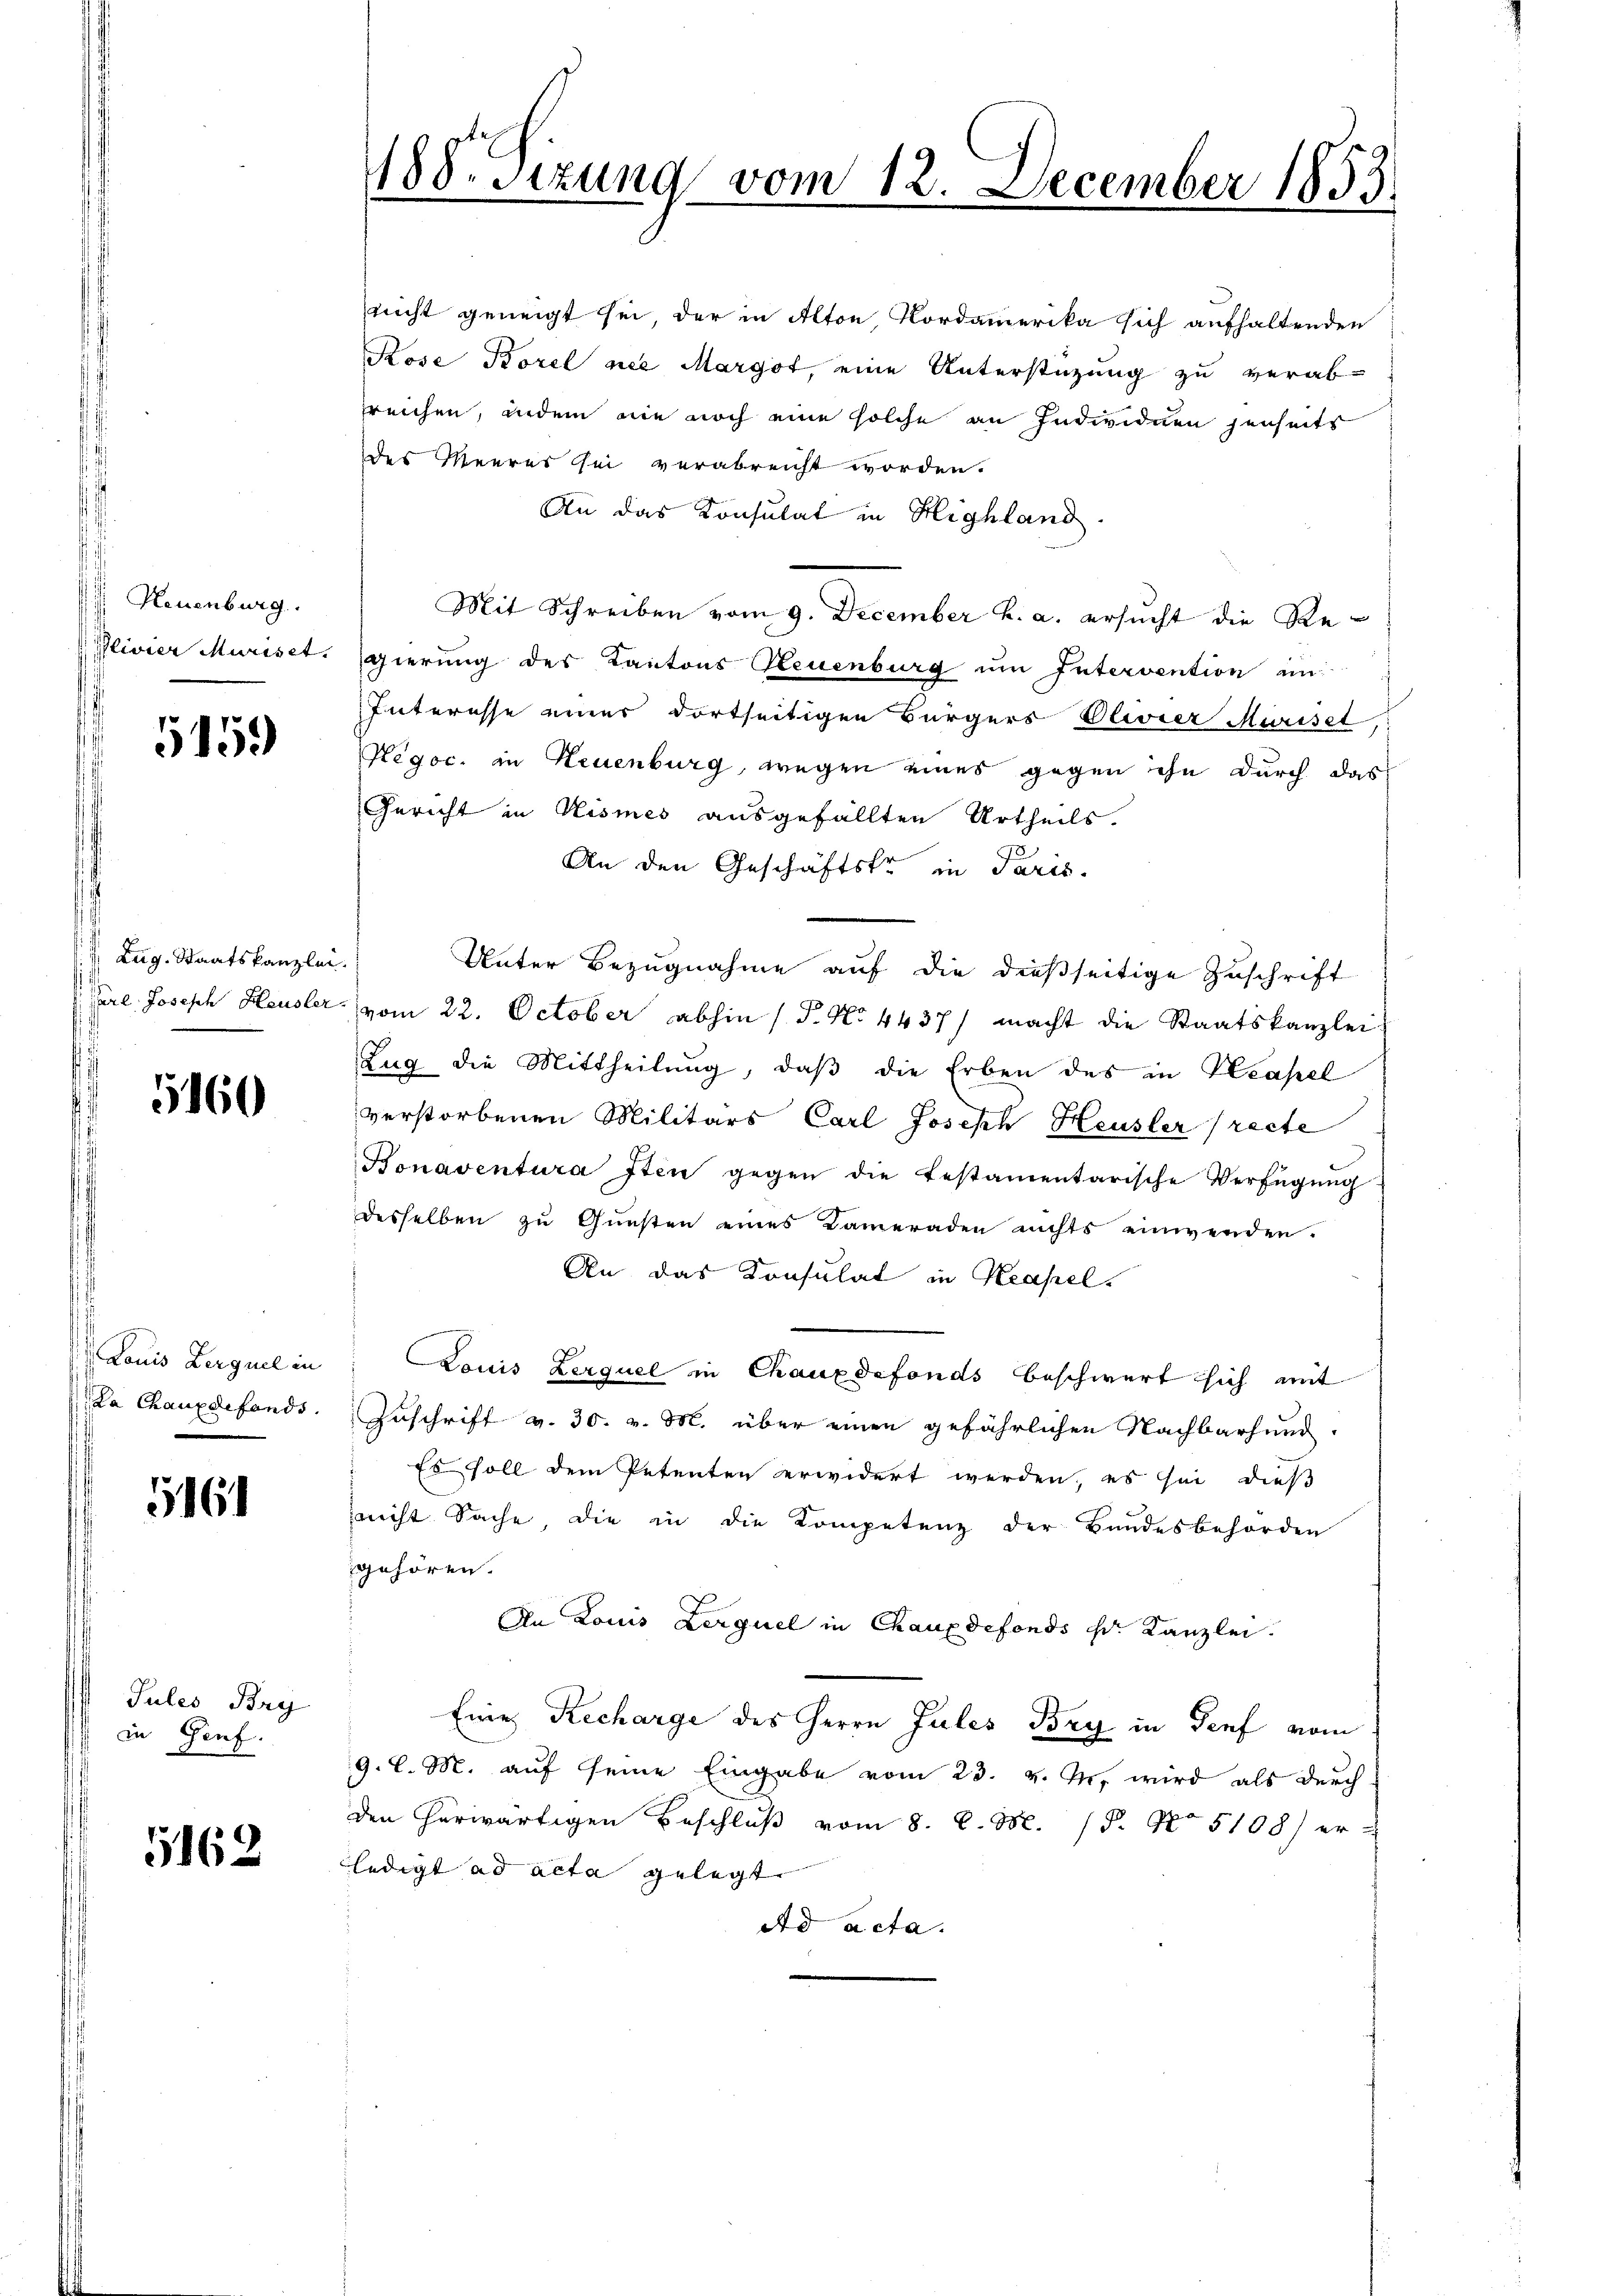
s Neuenburg.
Plivier Muriset.

5159

Lug. Staatskanzlei.

5160

Louis Berguel in
La Chauxelefonds.

516

Jules Bry
in Genf.

5162

nicht geneigt sei, der in Alton Nordammerika sich aufhaltenden
Rose Borel nie Margot, eine Unterstüzung zu verab-
rreichen, indem nie noch eine solche an Individuen jenseits

188. Sitzung vom 12. December 1853.

des Meeres sei verabreicht worden.
An das Konsulat in Highland.
Mit Schreiben vom 9. December h. a. ersucht die Regierung des Kantons Neuenburg um Intervention ein
Interesse einer dortseitigen Bürgers Olivier Muriset,
Negoc. in Neuenburg, wegen eines gegen ihn durch das
Gericht in Wismes ausgefällten Urtheils.
An den Geschäftste in Paris.
Unter Bezugnahme auf die dießseitige Zuschrift
Gerl. Joseph Heusler vom 22. October abhin (P. No 4437/ macht die Staatskanzlei
Zug die Mittheilung, daß die Erben des in Neapel
verstorbenen Militärs Carl Joseph Heusler (recte
Bonaventura Iten gegen die festamentarische Verfügŭng
desselben zu Gunsten eines Kameraden nichts einwenden.
An das Konsulat in Neapel.
Louis Zerquel in Chauxdefonds beschwert sich mit
Zuschrift v. 30. v. M. über einen gefährlichen Nachbarhund.
Es soll dem Petenten erwidert werden, es sei dieß
nicht Sache, die in die Kompetenz der Bundesbehörden
gehören.
An Louis Lerquel in Chauxdefonds st. Kanzlei.
Eine Recharge des Herrn Jules Bry in Genf vom
9. l. M. auf seine Eingabe vom 23. v. M. wird als durch
den herwärtigen Beschluß vom 8. d. M. 18. No 5108) er
ledigt ad acta gelegt. |
ad acta.